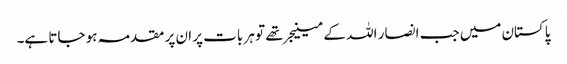
پاکستان میں جب انصار اللہ کے مینیجر تھے تو ہر بات پر ان پر مقدمہ ہو جاتا ہے۔